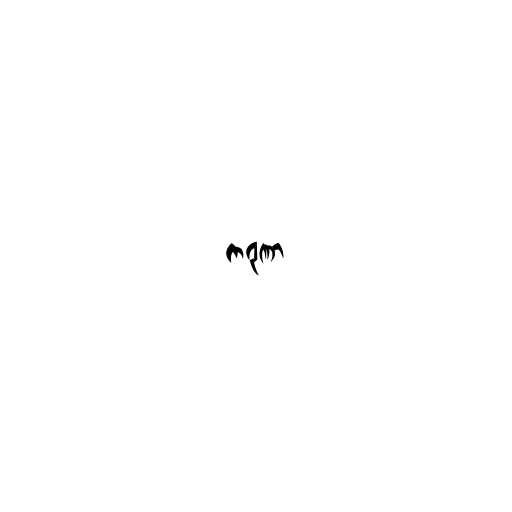
ကရုဏာ